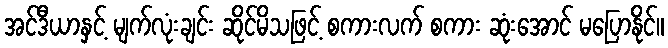
အင်ဒီယာနှင့် မျက်လုံးချင်း ဆိုင်မိသဖြင့် စကားလက် စကား ဆုံးအောင် မပြောနိုင်။